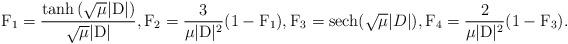
LaTeX: \begin{align*} \mathrm{F}_1 = \dfrac{\tanh{(\sqrt{\mu}|\mathrm{D}|)}}{\sqrt{\mu}|\mathrm{D}|},\mathrm{F}_2 = \frac{3}{\mu |\mathrm{D}|^2}(1- \mathrm{F}_1), \mathrm{F}_3 =\mathrm{sech}(\sqrt{\mu}|D|), \mathrm{F}_4 = \frac{2}{\mu |\mathrm{D}|^2}(1- \mathrm{F}_3). \end{align*}